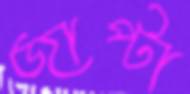
জাপ্‌টা